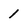
Character: 1